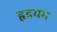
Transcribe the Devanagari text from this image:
हृदयग